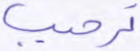
ترحيب